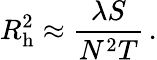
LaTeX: R_{\mathrm{h}}^{2}\approx{\frac{\lambda S}{N^{2}T}}\, .